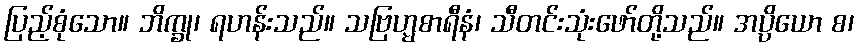
ပြည့်စုံသော။ ဘိက္ခု၊ ရဟန်းသည်။ သဗြဟ္မစာရီနံ၊ သီတင်းသုံးဖော်တို့သည်။ အပ္ပိယော စ၊